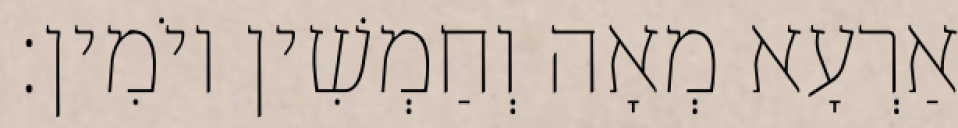
אַרְעָא מְאָה וְחַמְשִׁין יוֹמִין׃